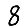
Digit: 8